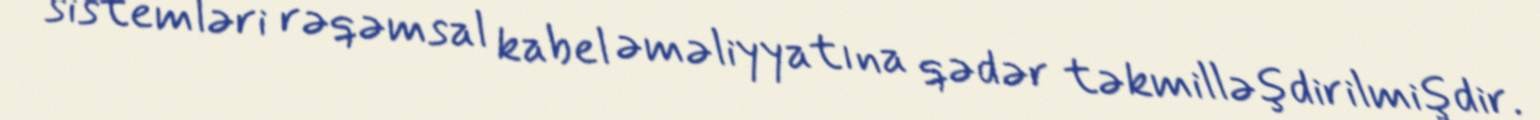
sistemləri rəqəmsal kabel əməliyyatına qədər təkmilləşdirilmişdir.